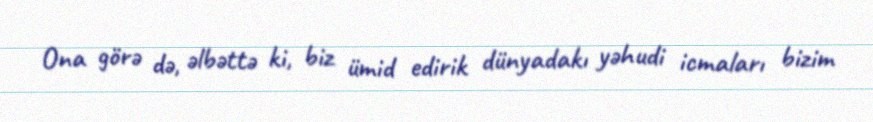
Ona görə də, əlbəttə ki, biz ümid edirik dünyadakı yəhudi icmaları bizim